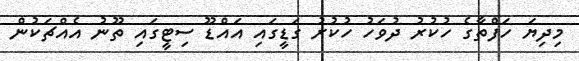
މިދިޔަ ހަފްތާގެ ހުކުރު ދުވަހު ހުކުރު ގަޑީގައި އައްޑޫ ސިޓީގައި ތޫނު އެއްޗަކުން